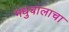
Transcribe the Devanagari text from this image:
मधुबालाचा